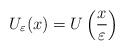
\begin{align*}U_{\varepsilon}(x)=U\left(\frac{x}{\varepsilon}\right)\end{align*}